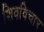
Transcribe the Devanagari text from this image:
शिवविचार